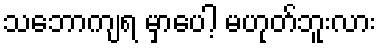
သဘောကျရ မှာပေါ့ မဟုတ်ဘူးလား